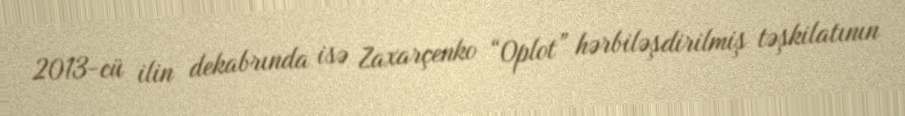
2013-cü ilin dekabrında isə Zaxarçenko “Oplot” hərbiləşdirilmiş təşkilatının